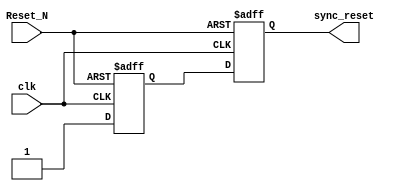
module async_reset_synchronizer (
    input wire clk,          // Clock signal
    input wire Reset_N,     // Asynchronous active-low reset signal
    output reg sync_reset    // Synchronized reset output
);

    // Internal signals for the synchronizer
    reg reset_stage_1; // Output of the first D flip-flop
    reg reset_stage_2; // Output of the second D flip-flop

    always @(posedge clk or negedge Reset_N) begin
        if (!Reset_N) begin
            // Asynchronous reset: set both stages to active low
            reset_stage_1 <= 1'b0;
            reset_stage_2 <= 1'b0;
        end else begin
            // Synchronize the Reset signal through the flip-flops
            reset_stage_1 <= 1'b1; // Capture the released reset
            reset_stage_2 <= reset_stage_1; // Pass to the next stage
        end
    end

    // Assign the synchronized reset output
    assign sync_reset = reset_stage_2;

endmodule